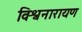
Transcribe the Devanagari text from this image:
विश्वनारायण